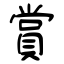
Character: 賞